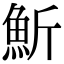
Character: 䰺